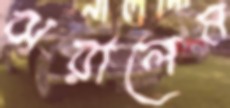
ঝরালেম